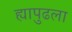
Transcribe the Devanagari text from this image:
ह्यापुढला